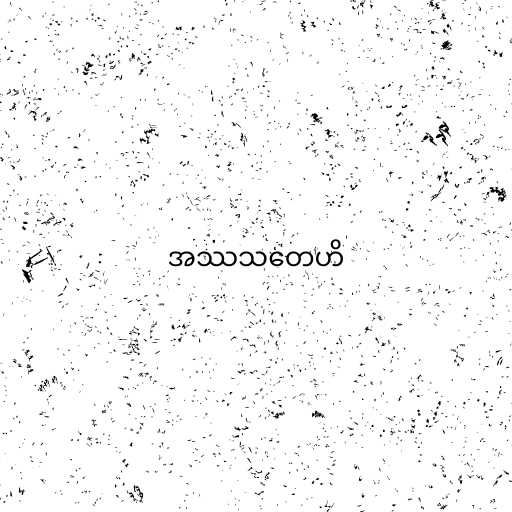
အဿသတေဟိ